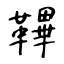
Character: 鞸